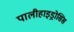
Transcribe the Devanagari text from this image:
पालीहाइड्रोसिस